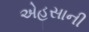
એહસાની